NAE_EAOK_eestikeelsed_sunnimeetrikad, lk 82
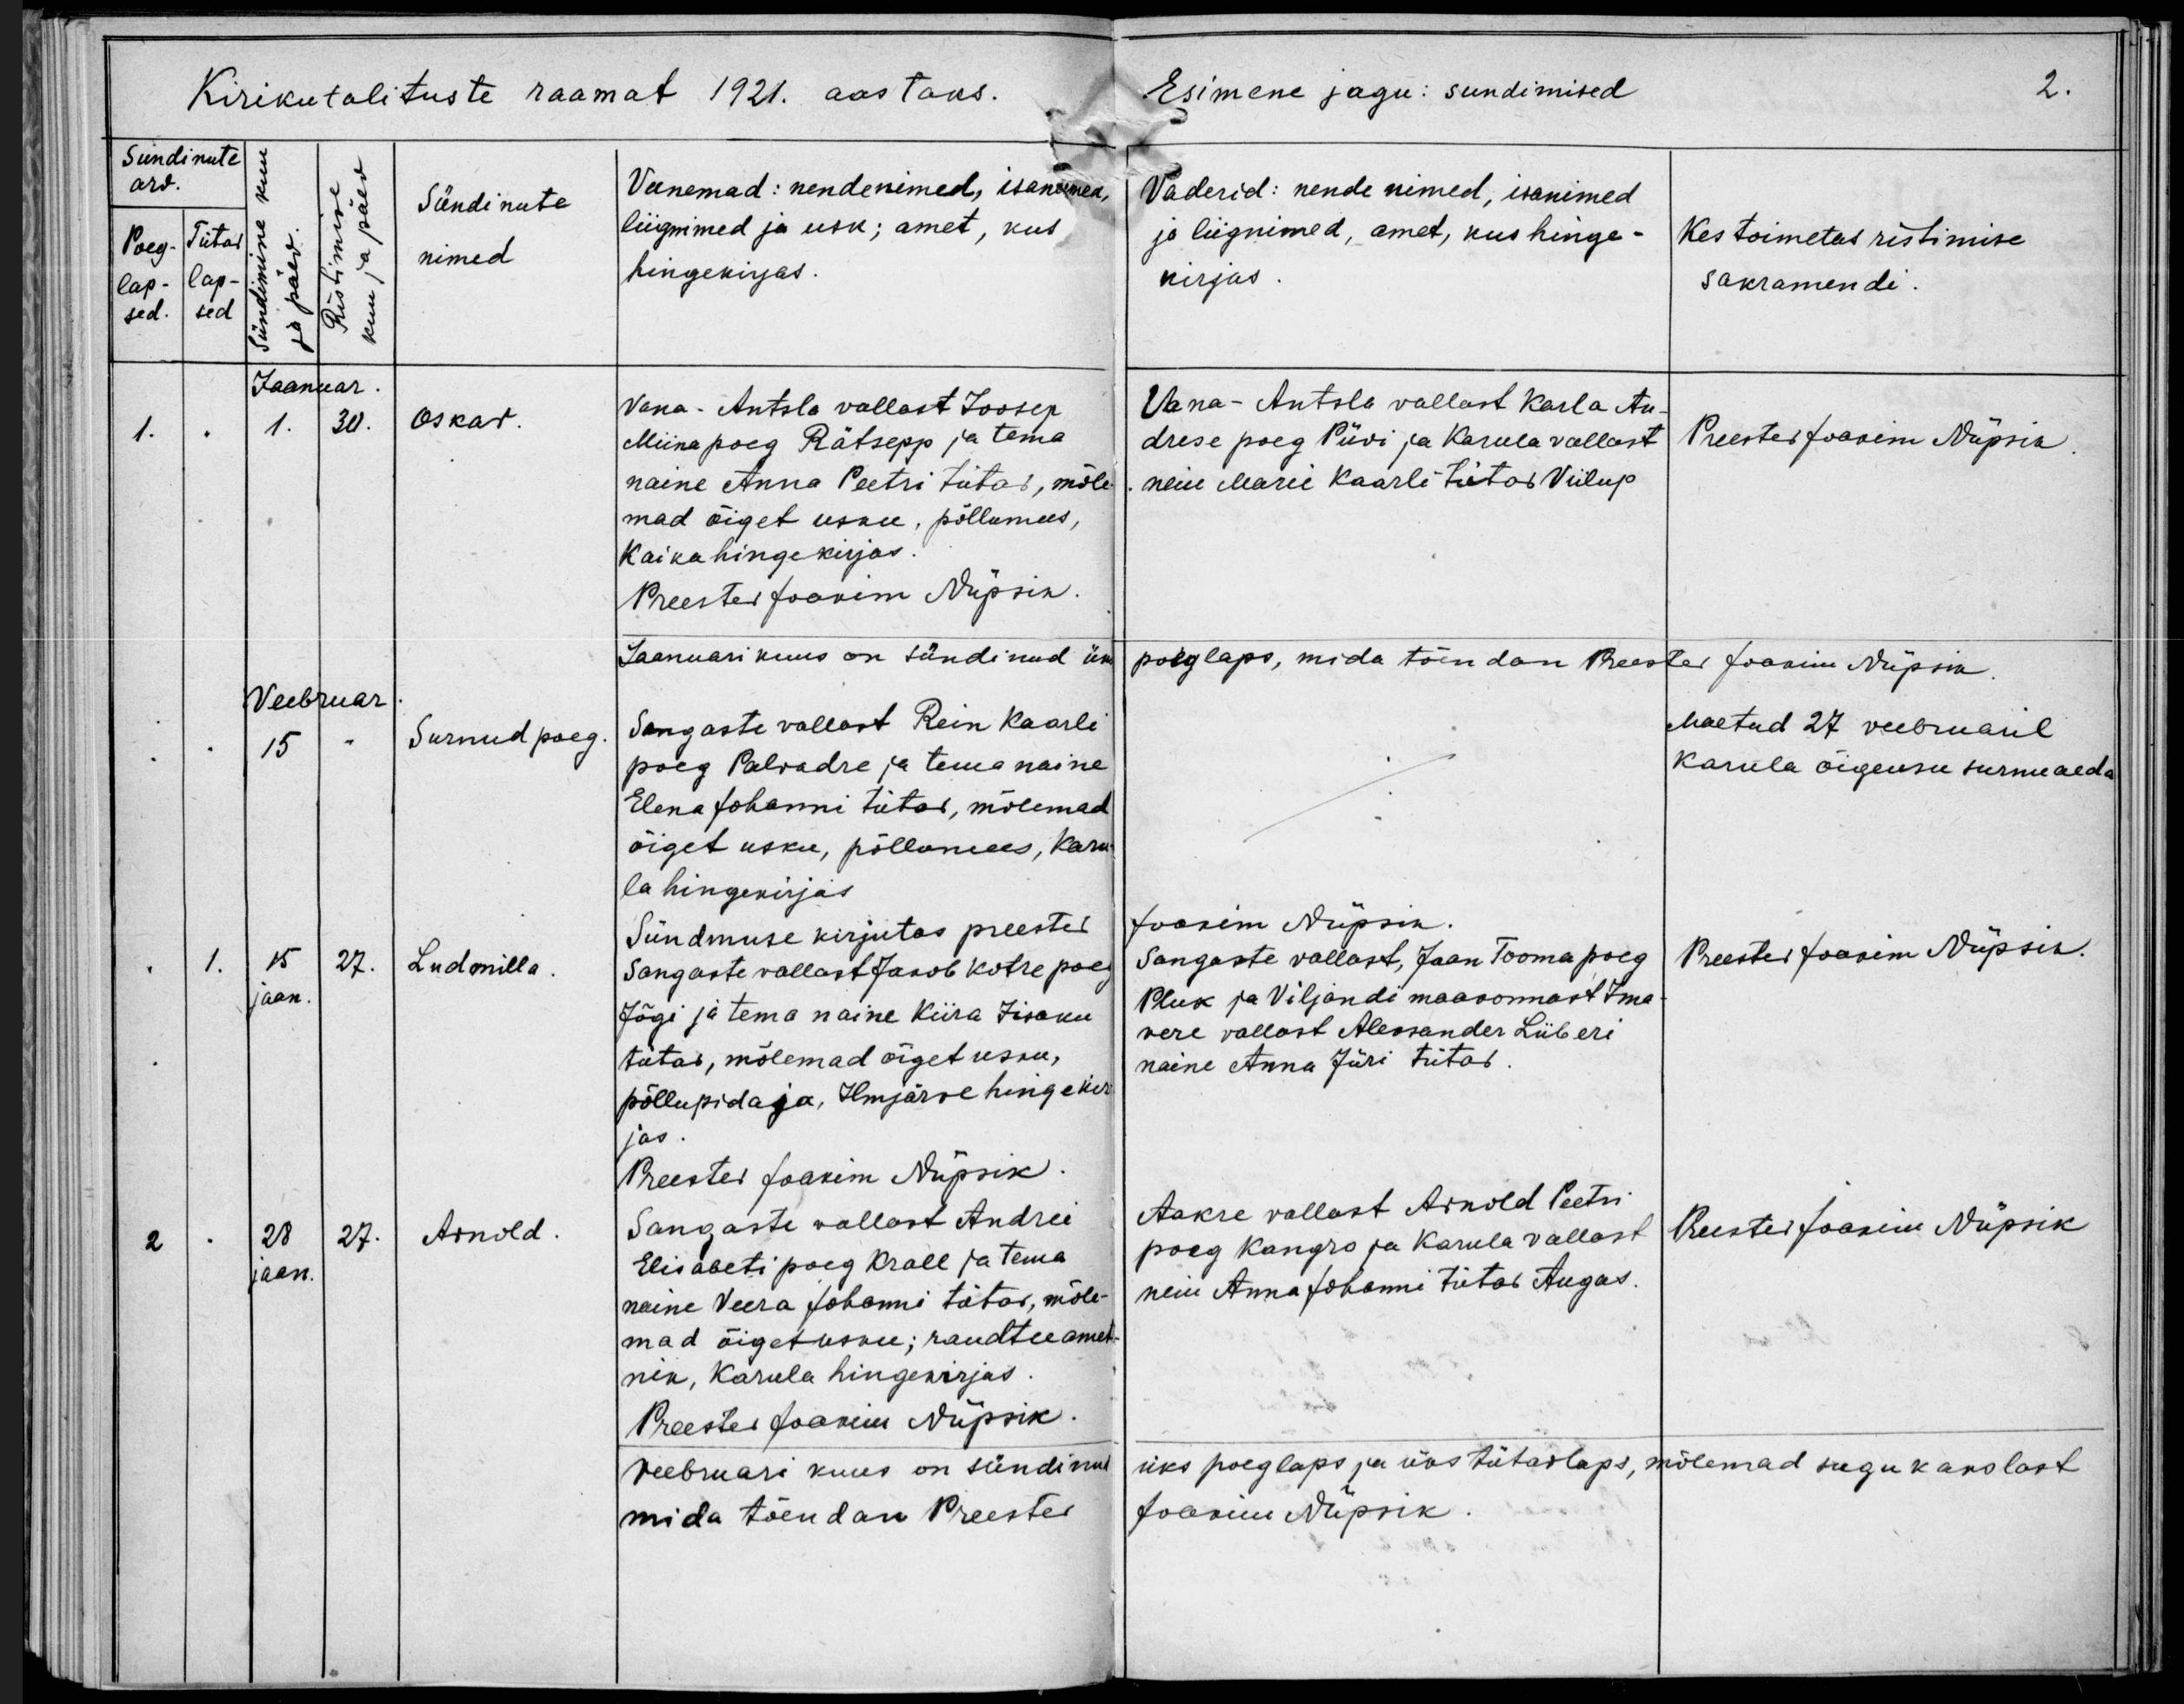
Oskar

Surnud poeg

Ludmilla

Arnold

Vana-Antsla vallast Joosep
Miina poeg Rätsepp ja tema
naine Anna Peetri tütar, mõle-
mad õiget usku, põllumees,
Kaika hingekirjas.

Sangaste vallast Rein Kaarli
poeg Palvadre ja tema naine
Elena Johanni tütar, mõlemad
õiget usku, põllumees, Karu-
la hingekirjas.

Sangaste vallast Jakob Katre poeg
Jõgi ja tema naine Kiira Iisaku
tütar, mõlemad õiget usku,
põllupidaja, Ilmjärve hingekir-
jas.

Sangaste vallast Andrei
Elisabeti poeg Krall ja tema
naine Veera Johanni tütar, mõle-
mad õiget usku; raudtee amet-
nik, Karula hingekirjas.